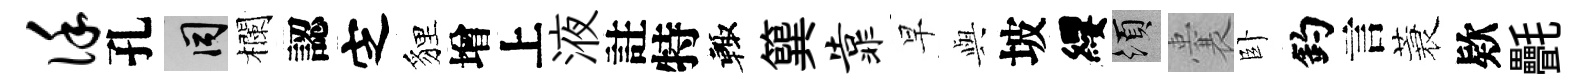
谨孔间欄認㝎貍增上液註特輙簨靠早𫤰坡纓須囊卧釣言蓑欵㲲